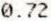
0.72